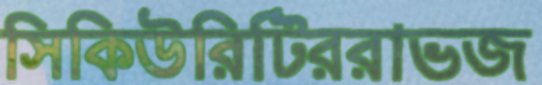
সিকিউরিটিররাভজ